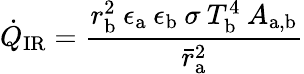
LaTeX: \dot{Q}_{\mathrm{IR}}=\frac{r_{\mathrm{b}}^{2}\: \epsilon_{\mathrm{a}}\: \epsilon_{\mathrm{b}}\: \sigma\: T_{\mathrm{b}}^{4}\: A_{\mathrm{a,b}}}{\bar{r}_{\mathrm{a}}^{2}}